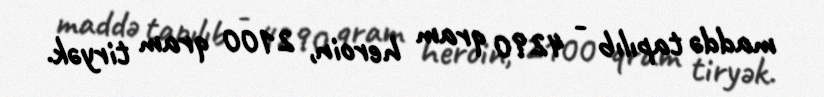
maddə tapılıb - 4290 qram heroin, 2100 qram tiryək.